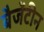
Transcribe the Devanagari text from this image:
बैजेंटीन